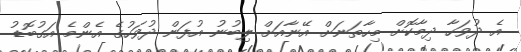
އެ ދުވަހާ ދިމާކޮށް މިހާތަނަށް އޭނާއަށް ލިބުނު އުފަން ދުވަހުގެ އެންމެ އަގުބޮޑު